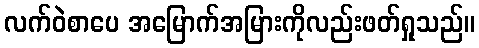
လက်ဝဲစာပေ အမြောက်အမြားကိုလည်းဖတ်ရှုသည်။